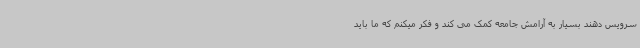
سرویس دهند بسیار به آرامش جامعه کمک می کند و فکر میکنم که ما باید